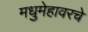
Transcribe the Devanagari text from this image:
मधुमेहावरचे